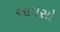
આપસો